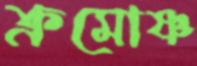
ক্রমোষ্ণ